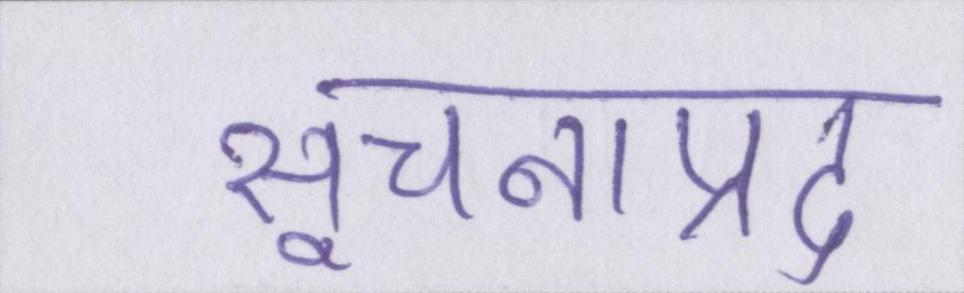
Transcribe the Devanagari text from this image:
सूचनाप्रद